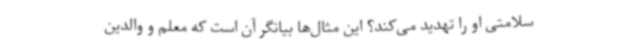
سلامتی او را تهدید می‌کند؟ این مثال‌ها بیانگر آن است که معلم و والدین